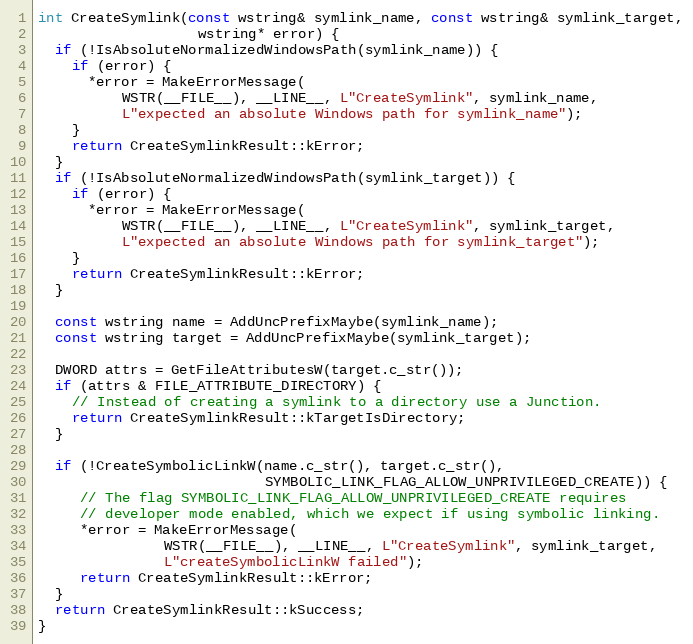
Language: C++
int CreateSymlink(const wstring& symlink_name, const wstring& symlink_target,
                   wstring* error) {
  if (!IsAbsoluteNormalizedWindowsPath(symlink_name)) {
    if (error) {
      *error = MakeErrorMessage(
          WSTR(__FILE__), __LINE__, L"CreateSymlink", symlink_name,
          L"expected an absolute Windows path for symlink_name");
    }
    return CreateSymlinkResult::kError;
  }
  if (!IsAbsoluteNormalizedWindowsPath(symlink_target)) {
    if (error) {
      *error = MakeErrorMessage(
          WSTR(__FILE__), __LINE__, L"CreateSymlink", symlink_target,
          L"expected an absolute Windows path for symlink_target");
    }
    return CreateSymlinkResult::kError;
  }

  const wstring name = AddUncPrefixMaybe(symlink_name);
  const wstring target = AddUncPrefixMaybe(symlink_target);

  DWORD attrs = GetFileAttributesW(target.c_str());
  if (attrs & FILE_ATTRIBUTE_DIRECTORY) {
    // Instead of creating a symlink to a directory use a Junction.
    return CreateSymlinkResult::kTargetIsDirectory;
  }

  if (!CreateSymbolicLinkW(name.c_str(), target.c_str(),
                           SYMBOLIC_LINK_FLAG_ALLOW_UNPRIVILEGED_CREATE)) {
     // The flag SYMBOLIC_LINK_FLAG_ALLOW_UNPRIVILEGED_CREATE requires
     // developer mode enabled, which we expect if using symbolic linking.
     *error = MakeErrorMessage(
               WSTR(__FILE__), __LINE__, L"CreateSymlink", symlink_target,
               L"createSymbolicLinkW failed");
     return CreateSymlinkResult::kError;
  }
  return CreateSymlinkResult::kSuccess;
}